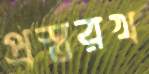
প্রস্তরখ